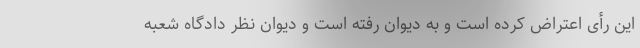
این رأی اعتراض کرده است و به دیوان رفته است و دیوان نظر دادگاه شعبه